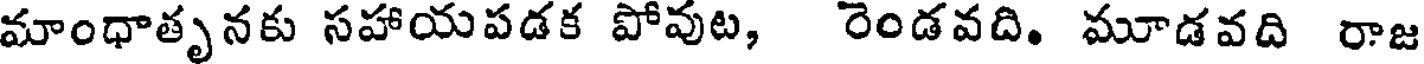
మాంధాతృనకు సహాయపడక పోవుట, రెండవది. మూడవది రాజ